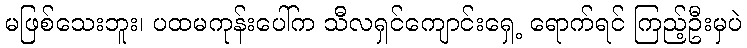
မဖြစ်သေးဘူး၊ ပထမကုန်းပေါ်က သီလရှင်ကျောင်းရှေ့ ရောက်ရင် ကြည့်ဦးမှပဲ